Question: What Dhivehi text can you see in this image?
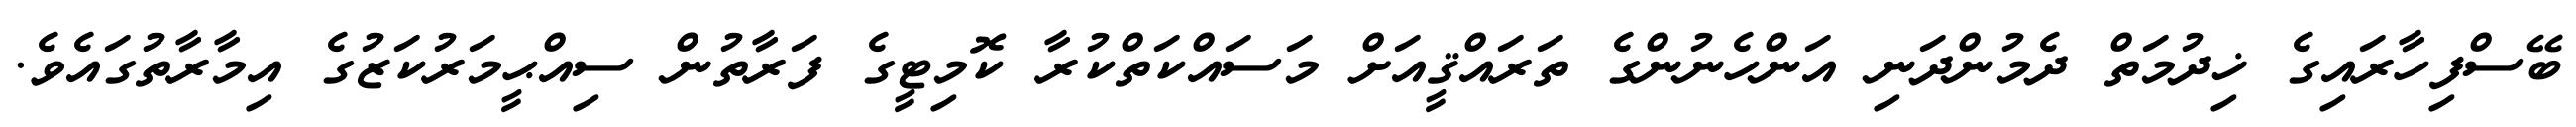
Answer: ބޭސްފިހާރައިގެ ޚިދުމަތް ދެމުންދަނި އަންހެނުންގެ ތަރައްޤީއަށް މަސައްކަތްކުރާ ކޮމިޓީގެ ފަރާތުން ސިއްޙީމަރުކަޒުގެ އިމާރާތުގައެވެ.